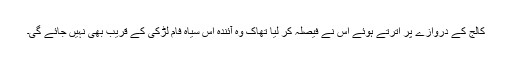
کالج کے دروازے پر اترتے ہوئے اس نے فیصلہ کر لیا تھاک وہ آئندہ اس سیاہ فام لڑکی کے قریب بھی نہیں جائے گی۔